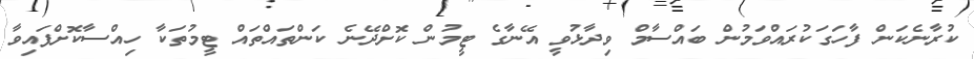
ކުރާނެކަން ފާހަގަކުރައްވަމުން ބައްސާމް ވިދާޅުވީ އޭނާގެ ޓީމުން ކޮށްދޭނެ ކަންތައްތައް ޓީމުތަކާ ހިއްސާކޮށްފައިވާ